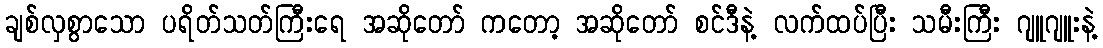
ချစ်လှစွာသော ပရိတ်သတ်ကြီးရေ အဆိုတော် ကတော့ အဆိုတော် စင်ဒီနဲ့ လက်ထပ်ပြီး သမီးကြီး ဂျူဂျူးနဲ့